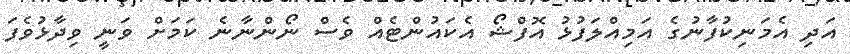
އަދި އެމަނިކުފާނުގެ އަމިއްލަފުޅު އޮފްޝޯ އެކައުންޓެއް ވެސް ނޯންނާނެ ކަމަށް ވަނީ ވިދާޅުވެފަ